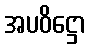
အပဝိဋ္ဌော